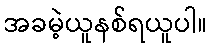
အခမဲ့ယူနစ်ရယူပါ။